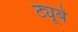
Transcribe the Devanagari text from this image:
ट्यूबें